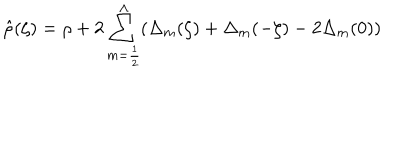
\hat { \rho } ( \zeta ) = \rho + 2 \sum _ { m = { \frac { 1 } { 2 } } } ^ { \Lambda } ( \Delta _ { m } ( \zeta ) + \Delta _ { m } ( - \zeta ) - 2 \Delta _ { m } ( 0 ) )